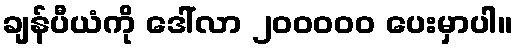
ချန်ပီယံကို ဒေါ်လာ ၂၀၀၀၀၀ ပေးမှာပါ။